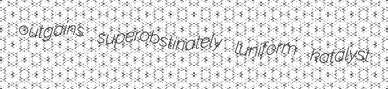
outgains superobstinately luniform katalyst